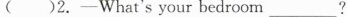
()2.—What's your bedroom___?